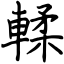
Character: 輮